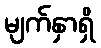
မျက်နှာရှိ